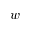
w